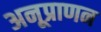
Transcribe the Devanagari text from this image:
अनूप्राणन